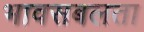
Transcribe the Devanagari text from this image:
भावसबलता